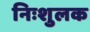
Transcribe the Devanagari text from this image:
निःशुलक